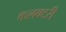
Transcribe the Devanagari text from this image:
कलक्‍टरी